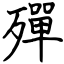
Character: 殫